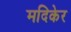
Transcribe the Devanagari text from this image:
मदिकेर